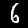
Label: 6